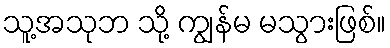
သူ့အသုဘ သို့ ကျွန်မ မသွားဖြစ်။